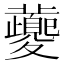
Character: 虁